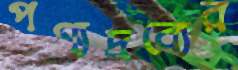
পণ্যদ্রব্যের